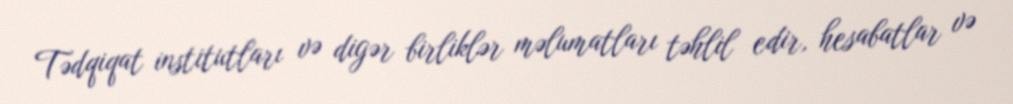
Tədqiqat institutları və digər birliklər məlumatları təhlil edir, hesabatlar və